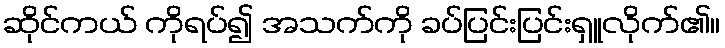
ဆိုင်ကယ် ကိုရပ်၍ အသက်ကို ခပ်ပြင်းပြင်းရှူလိုက်၏။